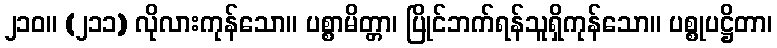
၂၁၀။ (၂၁၁) လိုလားကုန်သော။ ပစ္စာမိတ္တာ၊ ပြိုင်ဘက်ရန်သူရှိကုန်သော။ ပစ္စုပဋ္ဌိတာ၊